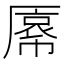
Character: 𫨝